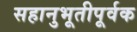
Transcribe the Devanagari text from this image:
सहानुभूतीपूर्वक